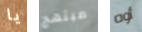
يا مبتهج أوه